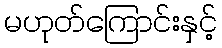
မဟုတ်ကြောင်းနှင့်